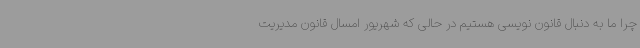
چرا ما به دنبال قانون نویسی هستیم در حالی که شهریور امسال قانون مدیریت